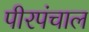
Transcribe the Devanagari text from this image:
पीरपंचाल